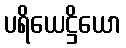
ပရိယေဋ္ဌိယော